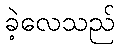
ခဲ့လေသည်